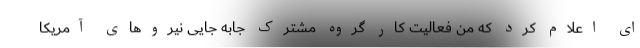
ای اعلام کرد که من فعالیت کار گروه مشترک جابه جایی نیروهای آمریکا